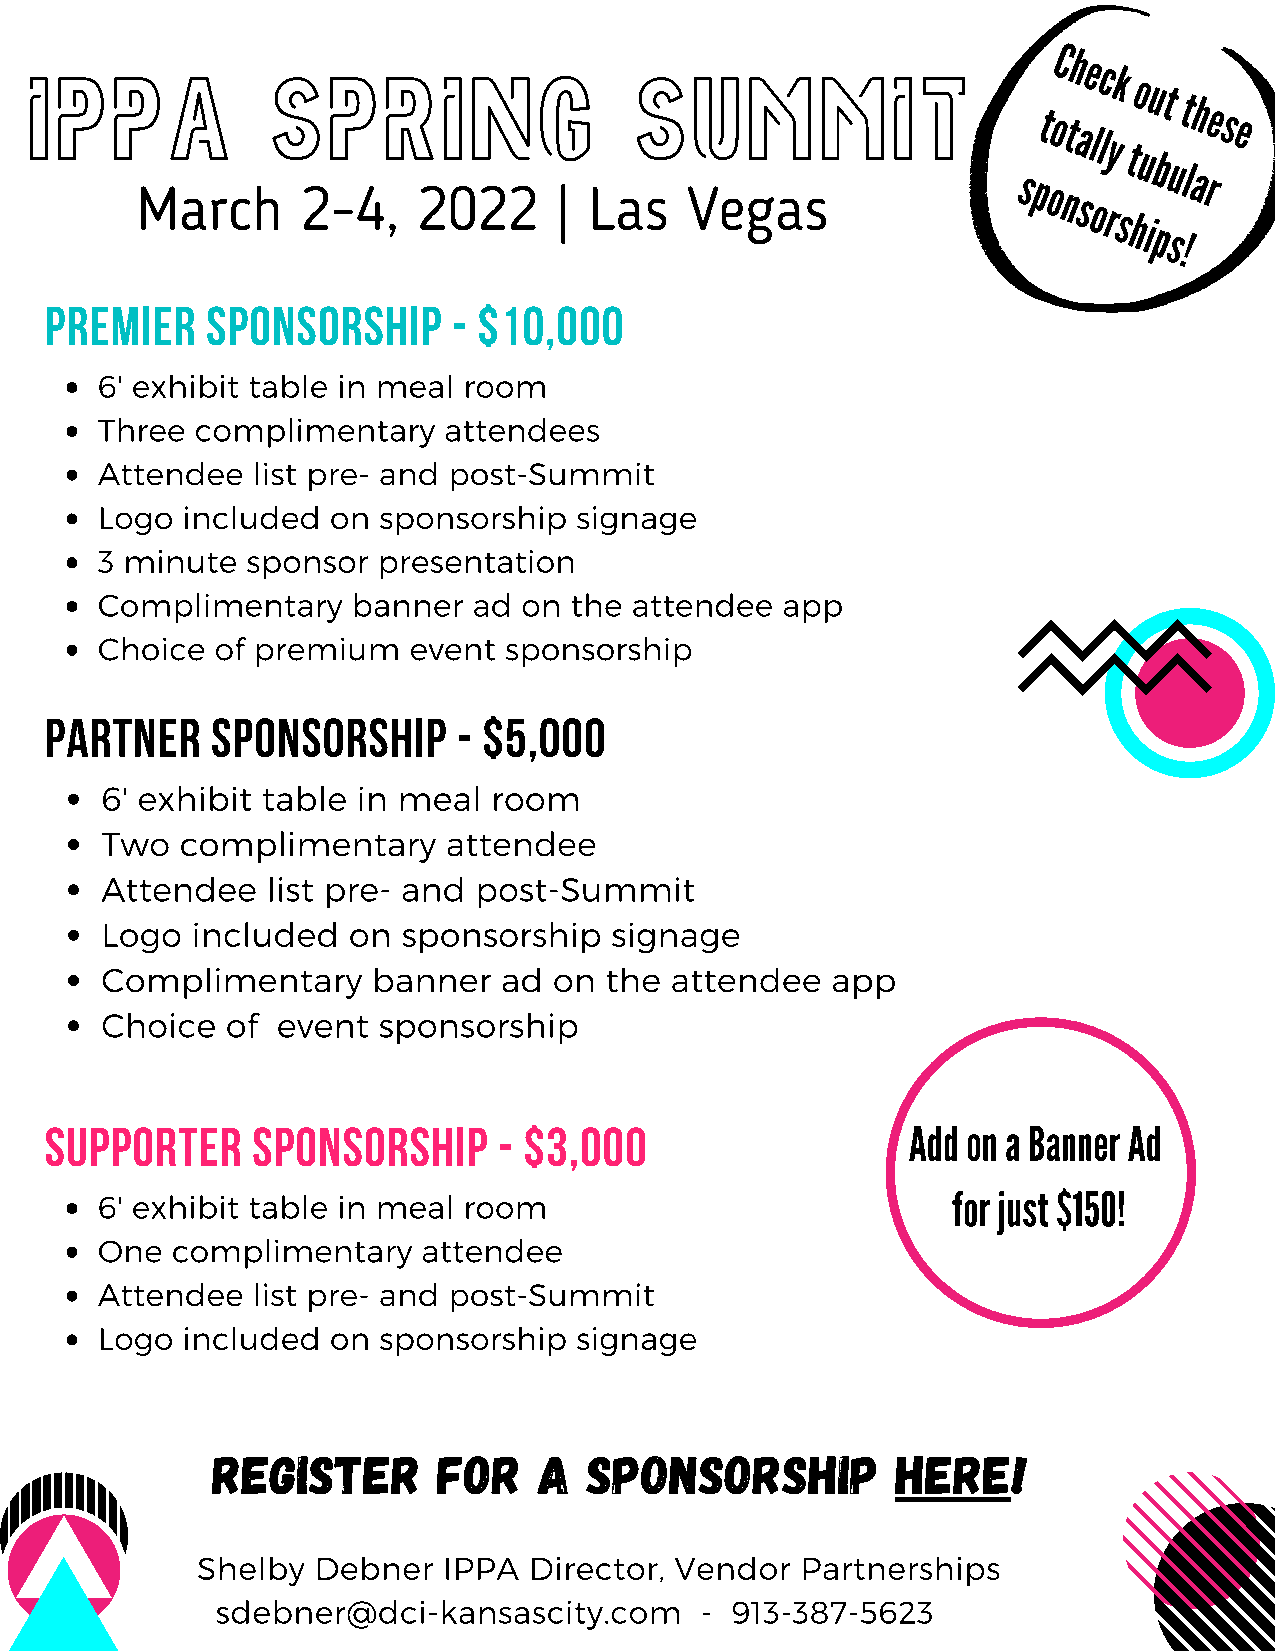
IPP    MA
 arc
 hS 2p -4,r 2i 0n
 22
 g
 | L
 aS
 s
 Vu egm asmit          spt
 ooC nth
 a
 se
 l
 olc ryk
 s
 t
 ho
 u
 iu pbt
 su
 t !lah rese
 PREMIER    SPONSORSHIP     - $10,000
 6' exhibit table in meal room
 Three  complimentary   attendees
 Attendee   list pre- and post-Summit
 Logo  included  on sponsorship  signage
 3 minute  sponsor  presentation
 Complimentary    banner  ad  on the attendee  app
 Choice  of premium   event sponsorship
 PARTNER    SPONSORSHIP     - $5,000
 6' exhibit table in meal  room
 Two  complimentary     attendee
 Attendee   list pre- and post-Summit
 Logo  included  on  sponsorship  signage
 Complimentary     banner  ad  on the attendee   app
 Choice  of event  sponsorship
 Add on a Banner Ad
 SUPPORTER     SPONSORSHIP     - $3,000
 for just $150!
 6' exhibit table in meal room
 One  complimentary    attendee
 Attendee   list pre- and post-Summit
 Logo  included  on sponsorship  signage
 Register       for    a  sponsorship         here!
 Shelby  Debner  IPPA  Director, Vendor  Partnerships
 sdebner@dci-kansascity.com      - 913-387-5623